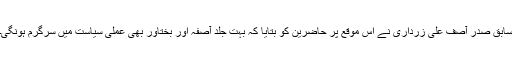
سابق صدر آصف علی زرداری نے اس موقع پر حاضرین کو بتایا کہ بہت جلد آصفہ اور بختاور بھی عملی سیاست میں سرگرم ہونگی۔